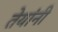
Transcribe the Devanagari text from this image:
तेयांनी